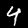
Label: 4